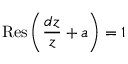
\operatorname { R e s } \left( { \frac { d z } { z } } + a \right) = 1